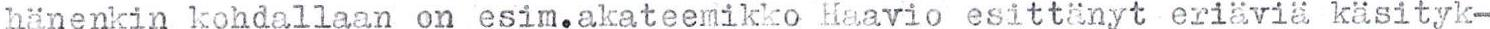
hänenkin kohdallaan on esim.akateemikko Haavio esitttänyt eriäviä käsityk-